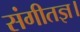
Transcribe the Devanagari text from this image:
संगीतज्ञ।